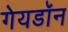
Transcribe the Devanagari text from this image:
गेयडॉन